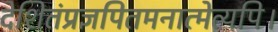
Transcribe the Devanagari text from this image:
देशितंप्रज्ञपितमनात्मेत्यपि।